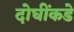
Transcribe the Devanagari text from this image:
दोघींकडे